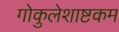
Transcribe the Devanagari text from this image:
गोकुलेशाष्टकम